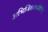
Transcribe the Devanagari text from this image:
अभिजितत्सर्वदेशेषु